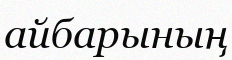
айбарының